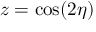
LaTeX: z = \cos ( 2 \eta )